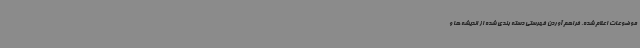
موضوعات اعلام شده، فراهم آوردن فهرستی دسته بندی شده از اندیشه ها و